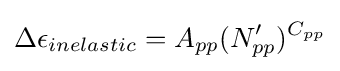
\Delta \epsilon _{inelastic}=A_{pp}(N'_{pp})^{C_{pp}}